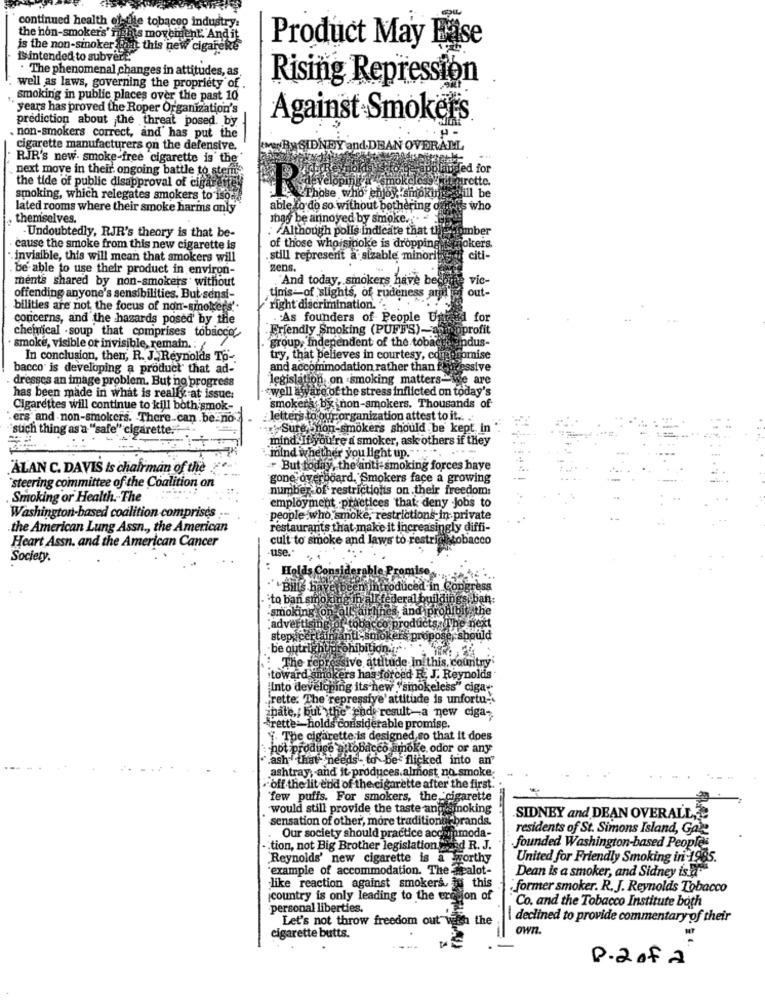
continued health el-the tobacco industry:
the non-smokers' nights movement. And it
is the non-sinoker that this new cigareke
Product May Fase
is intended to subvert
. The phenomenal changes in attitudes, as.
Rising Repression
well as laws, governing the propriety of
smoking in public places over the past 10
years has proved the Roper Organization's
prediction about the threat posed. by
Against Smokers
. non-smokers correct, and' has put the
cigarette manufacturers on the defensive.
SIDNEY and DBAN OVERAM
RJR's new. smoke-free cigarette is the"
next move in their. ongoing battle to stents
polandred for
the tide of public disapproval of cigarette
Furette.
smoking, which relegates smokers to iso:
Those who enjoy. smoking will be
lated rooms where their smoke harms only
able to do so without bothering of
Anis who
themselves.
may be annoyed by smoke ... .
: Although polls indicate that th
Dumber
Undoubtedly, RJR's theory is that be-
cause the smoke from this new cigarette is
of those whoismoke is dropping
jokers
invisible, this will mean that smokers will
still represent a sizable minority
citi-
be able to use their product in environ-
'gens.
ments shared by non-smokers' without
"And today, smokers have be
vic-
out-
offending anyone's sensibilities. But sensi-
timis-of slights, of rudeness ard
bilities are not the focus of non-smokers'.
'right discrimination. .
concerns, and the hazards posed' by the
. As founders of People Us
for
Friendly Smoking (PUFFS)-
jprofit
chemical . soup that comprises tobacco
group, Independent of the tobac
indus-
smoke, visible of invisible, remain .: /
In conclusion, then, R. J. Reynolds To -.
try, that believes in courtesy, co
Bomise
bacco is developing a product that ad-
and accommodation rather than ff
essive
. dresses an image problem. But no progress
legislation on smoking matters-we are
"well aware of the stress inflicted on today's
has been made in what is really at issue:
Cigarettes will continue to kill both smok-
'smokerk, by non-smokers. Thousands of
.ers and -non-smokers. There .can be-no
letters to our organization attest to it ..
"such thing as a "safe" cigarette."
. Sure Snon-smokers should be kept in
mind. If you're a smoker, ask others if they
mind whether you light up."
ALAN C. DAVIS Is chairman of the
But today, the anti-smoking forces haye
steering committee of the Coalition on
gone overboard, Smokers face a growing
number of restrictions on their freedom:
Smoking or Health .- The
employment practices that deny Jobs to
Washington-based coalition comprises .
people who smoke, restrictions in private
.the American Lung Assn ., the American
restaurants that make it increasingly diffi-
Heart Assn. and the American Cancer
cult to smoke and laws to restrigistobacco
use.
Society
d'in Co
to ban smo
ral buildin
smoking
andiproh
roduct
adverti
step ice
nul-stol
be outrig
ohibition .:
sive attitude In this, country
The rep
toward smokers has forced R. J. Reynolds
"Into developing its new "smokeless" ciga".
"rette. The repressive' attitude is unfortu -.
ipate ,, but the end result-a new ciga-
"rette-holds considerable promise.
". The cigarette is designed, so that it does
:not produce a tobacco smoke. odor or any
"Lash" that "needs to be flicked into an"
ashtray; - and it produces.almost no smoke,
off the lit end of the cigarette after the first.
'few puffs. For smokers, the cigarette
would still provide the taste and smoking
sensation of other, more traditionit brands.
SIDNEY and DEAN OVERALL,
residents of St. Simons Island, Gaie
Our society should practice accommoda-
tion, not Big Brother legislation ded R. J.
founded Washington-based Peoples
Reynolds' new cigarette is a worthy
United for Friendly Smoking in 1985.
'example of accommodation. The -palot-
Dean is a smoker, and Sidney is."
like reaction against smokers. iy this
former smoker. R. J. Reynolds Tobacco
country is only leading to the erosion of
Co. and the Tobacco Institute both
personal liberties.
Let's not throw freedom out with
the
\ declined to provide commentary of their
own.
cigarette butts.
P.2 of2